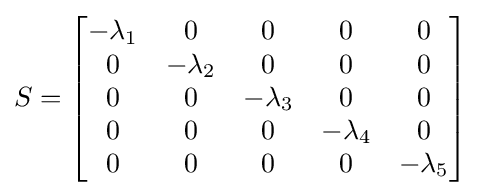
{S}=\left[{\begin{matrix}-\lambda _{1}&0&0&0&0\\0&-\lambda _{2}&0&0&0\\0&0&-\lambda _{3}&0&0\\0&0&0&-\lambda _{4}&0\\0&0&0&0&-\lambda _{5}\\\end{matrix}}\right]